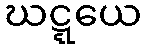
ဃဋ္ဋယေ